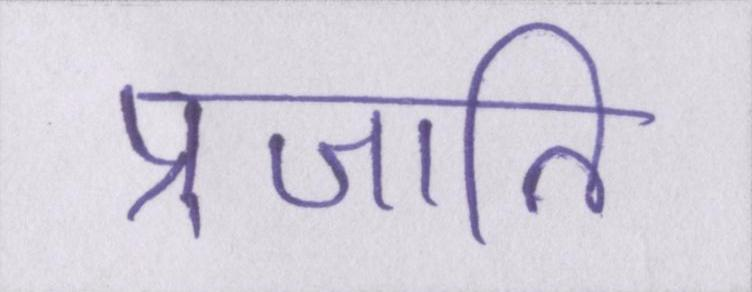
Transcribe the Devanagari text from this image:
प्रजाति